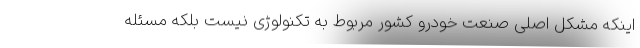
اینکه مشکل اصلی صنعت خودرو کشور مربوط به تکنولوژی نیست بلکه مسئله